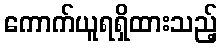
ကောက်ယူရရှိထားသည့်